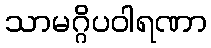
သာမဂ္ဂိပဝါရဏာ